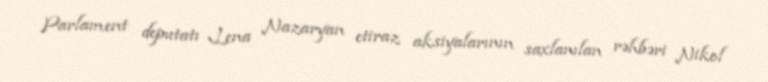
Parlament deputatı Lena Nazaryan etiraz aksiyalarının saxlanılan rəhbəri Nikol